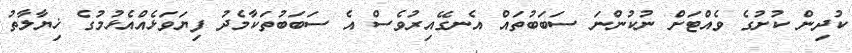
ކުދިން ކުށުގެ ވެއްޓަށް ނުކުންނަ ސަބަބުތައް އެނގޭއިރުވެސް އެ ސަބަބުތަކާމެދު ފިޔަވަޅެއްއެޅުމުގެ ޚިޔާލާތު